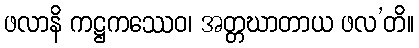
ဖလာနိ ကဋ္ဌကဿေဝ၊ အတ္တဃာတာယ ဖလ’တိ။